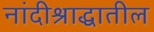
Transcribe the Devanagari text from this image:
नांदीश्राद्धातील